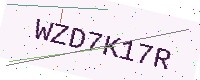
Text: WZD7K17R